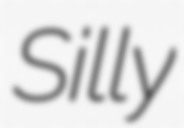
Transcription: Silly